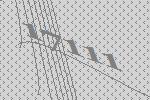
17111